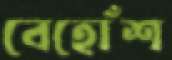
বেহোঁশ